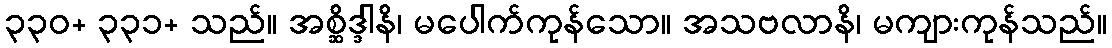
၃၃၀+ ၃၃၁+ သည်။ အစ္ဆိဒ္ဒါနိ၊ မပေါက်ကုန်သော။ အသဗလာနိ၊ မကျားကုန်သည်။